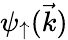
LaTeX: \psi_{\uparrow}(\vec{k})